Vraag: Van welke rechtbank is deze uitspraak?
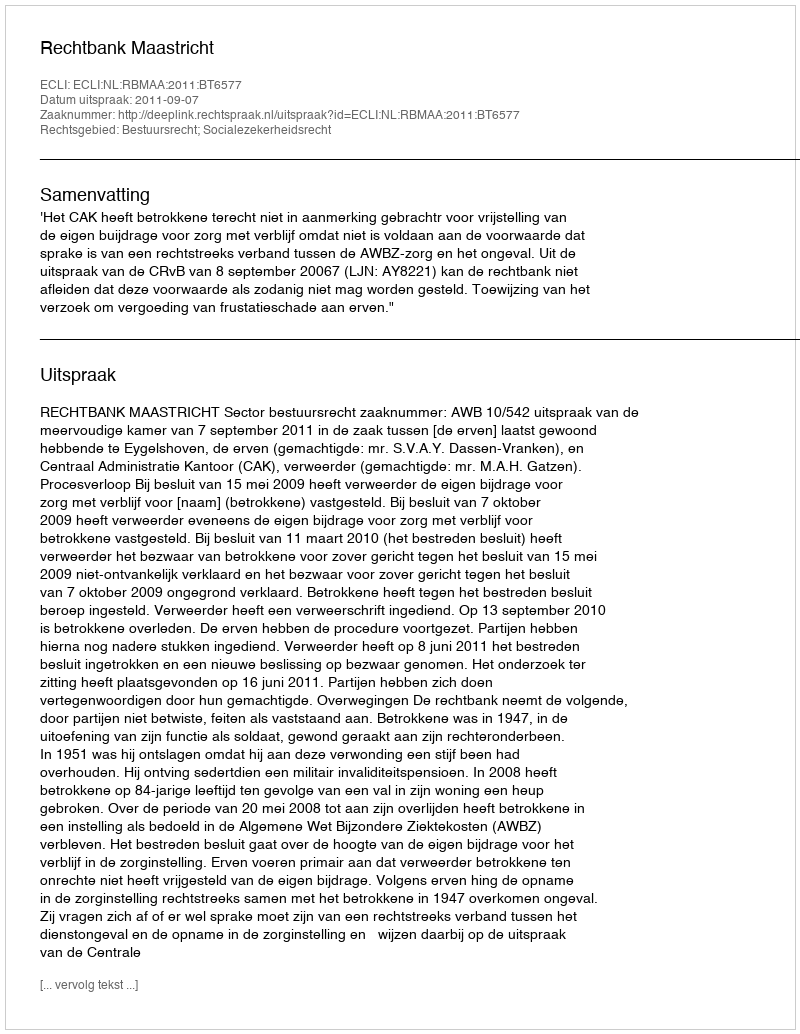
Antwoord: Rechtbank Maastricht